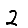
Digit: 2